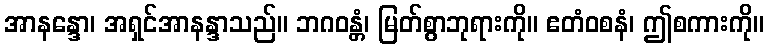
အာနန္ဒော၊ အရှင်အာနန္ဒာသည်။ ဘဂဝန္တံ၊ မြတ်စွာဘုရားကို။ ဧတံဝစနံ၊ ဤစကားကို။